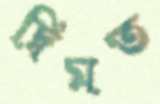
দ্বিমত